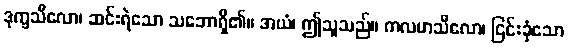
ဒုက္ခသီလော၊ ဆင်းရဲသော သဘောရှိ၏။ အယံ၊ ဤသူသည်။ ကလဟသီလော၊ ငြင်းခုံသော